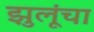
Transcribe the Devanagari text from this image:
झुलूंचा